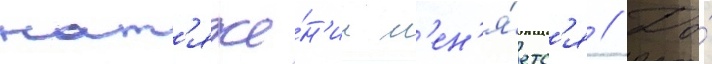
нат'яже́н'ие м'ен'я́етс'я // До́